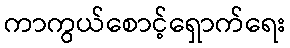
ကာကွယ်စောင့်ရှောက်ရေး